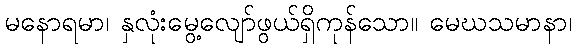
မနောရမာ၊ နှလုံးမွေ့လျော်ဖွယ်ရှိကုန်သော။ မေဃသမာနာ၊